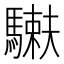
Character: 𩥲